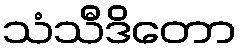
သံသီဒိတော